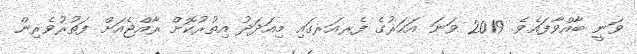
ވަނީ ބާއްވާފައެވެ. 2019 ވަނަ އަހަރުގެ ފެރއަރގައި މިއަދަދު އިތުރުކޮށް ރާއްޖެއަށް ފަތުރުވެރިން